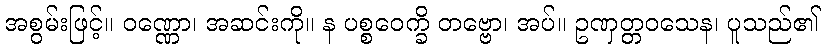
အစွမ်းဖြင့်။ ဝဏ္ဏော၊ အဆင်းကို။ န ပစ္စဝေက္ခိ တဗ္ဗော၊ အပ်။ ဥဏှတ္တဝသေန၊ ပူသည်၏